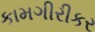
કામગીરીકર